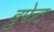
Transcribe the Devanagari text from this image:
बुफेट